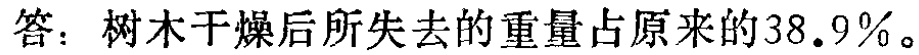
答：树木干燥后所失去的重量占原来的\(38.9\%\)。